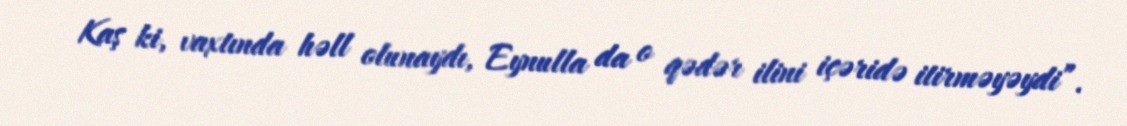
Kaş ki, vaxtında həll olunaydı, Eynulla da o qədər ilini içəridə itirməyəydi”.